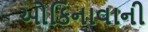
ઓકિનાવાની